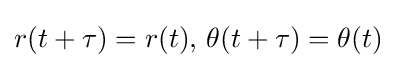
r(t+\tau )=r(t),\,\theta (t+\tau )=\theta (t)